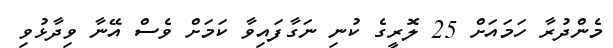
މެންދުރާ ހަމައަށް 25 ލޮރީގެ ކުނި ނަގާފައިވާ ކަމަށް ވެސް އޭނާ ވިދާޅުވި